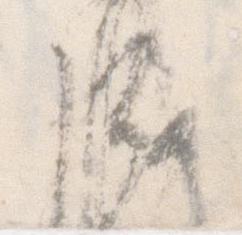
盛